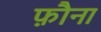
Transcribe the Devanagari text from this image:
फ़ौना